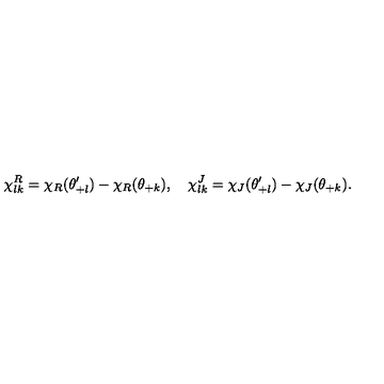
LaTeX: \chi _ { l k } ^ { R } = \chi _ { R } ( \theta _ { + l } ^ { \prime } ) - \chi _ { R } ( \theta _ { + k } ) , \quad \chi _ { l k } ^ { J } = \chi _ { J } ( \theta _ { + l } ^ { \prime } ) - \chi _ { J } ( \theta _ { + k } ) .